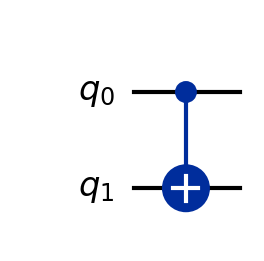
Description: Controlled-NOT gate: fundamental two-qubit entangling gate
描述: 受控非门：基本的两量子比特纠缠门
Category: basic_gates (difficulty: basic)
Qubits: 2, circuit depth: 1

Braket implementation:
from braket.circuits import Circuit
circuit = Circuit().cnot(0, 1)